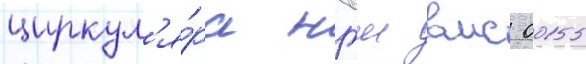
циркул'я́ра нгш вмс 0015